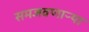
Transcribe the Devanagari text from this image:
समजवणाऱ्या